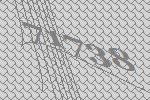
71738